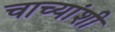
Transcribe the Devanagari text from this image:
चाच्यांशी